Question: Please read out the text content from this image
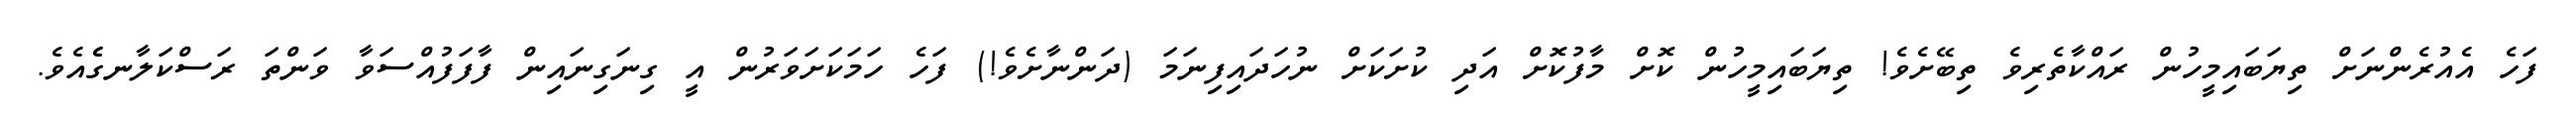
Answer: ފަހެ އެއުރެންނަށް ތިޔަބައިމީހުން ރައްކާތެރިވެ ތިބޭށެވެ! ތިޔަބައިމީހުން ކޮށް މާފުކޮށް އަދި ކުށަކަށް ނުހަދައިފިނަމަ (ދަންނާށެވެ!) ފަހެ ހަމަކަށަވަރުން އީ ގިނަގިނައިން ފާފަފުއްސަވާ ވަންތަ ރަސްކަލާނގެެއެވެ.